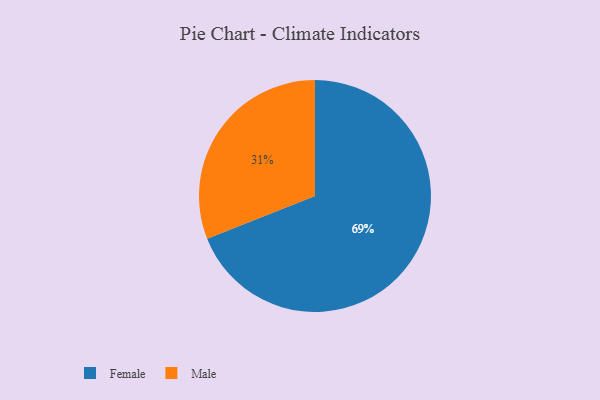
{"axis": {"x": "Category", "y": "Percentage"}, "legend": ["Female", "Male"], "data": [{"x": "Male", "y": 31, "type": "Male"}, {"x": "Female", "y": 69, "type": "Female"}]}